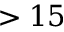
> 1 5